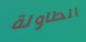
الطاولة